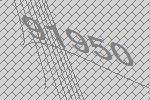
91950